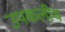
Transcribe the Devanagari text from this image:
उपकलीय